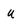
Character: U